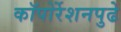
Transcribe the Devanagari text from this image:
कॉपोर्रेशनपुढे